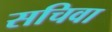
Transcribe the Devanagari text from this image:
सचिवा